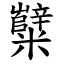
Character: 糱